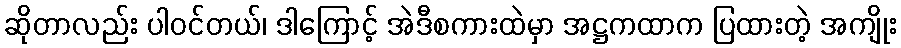
ဆိုတာလည်း ပါဝင်တယ်၊ ဒါကြောင့် အဲဒီစကားထဲမှာ အဋ္ဌကထာက ပြထားတဲ့ အကျိုး